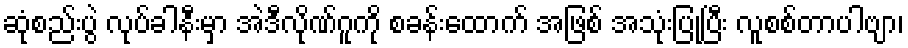
ဆုံစည်းပွဲ လုပ်ခါနီးမှာ အဲဒီလိုဏ်ဂူကို စခန်းထောက် အဖြစ် အသုံးပြုပြီး လူစစ်တာပါဗျာ၊